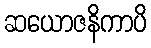
ဆယောဇနိကာပိ